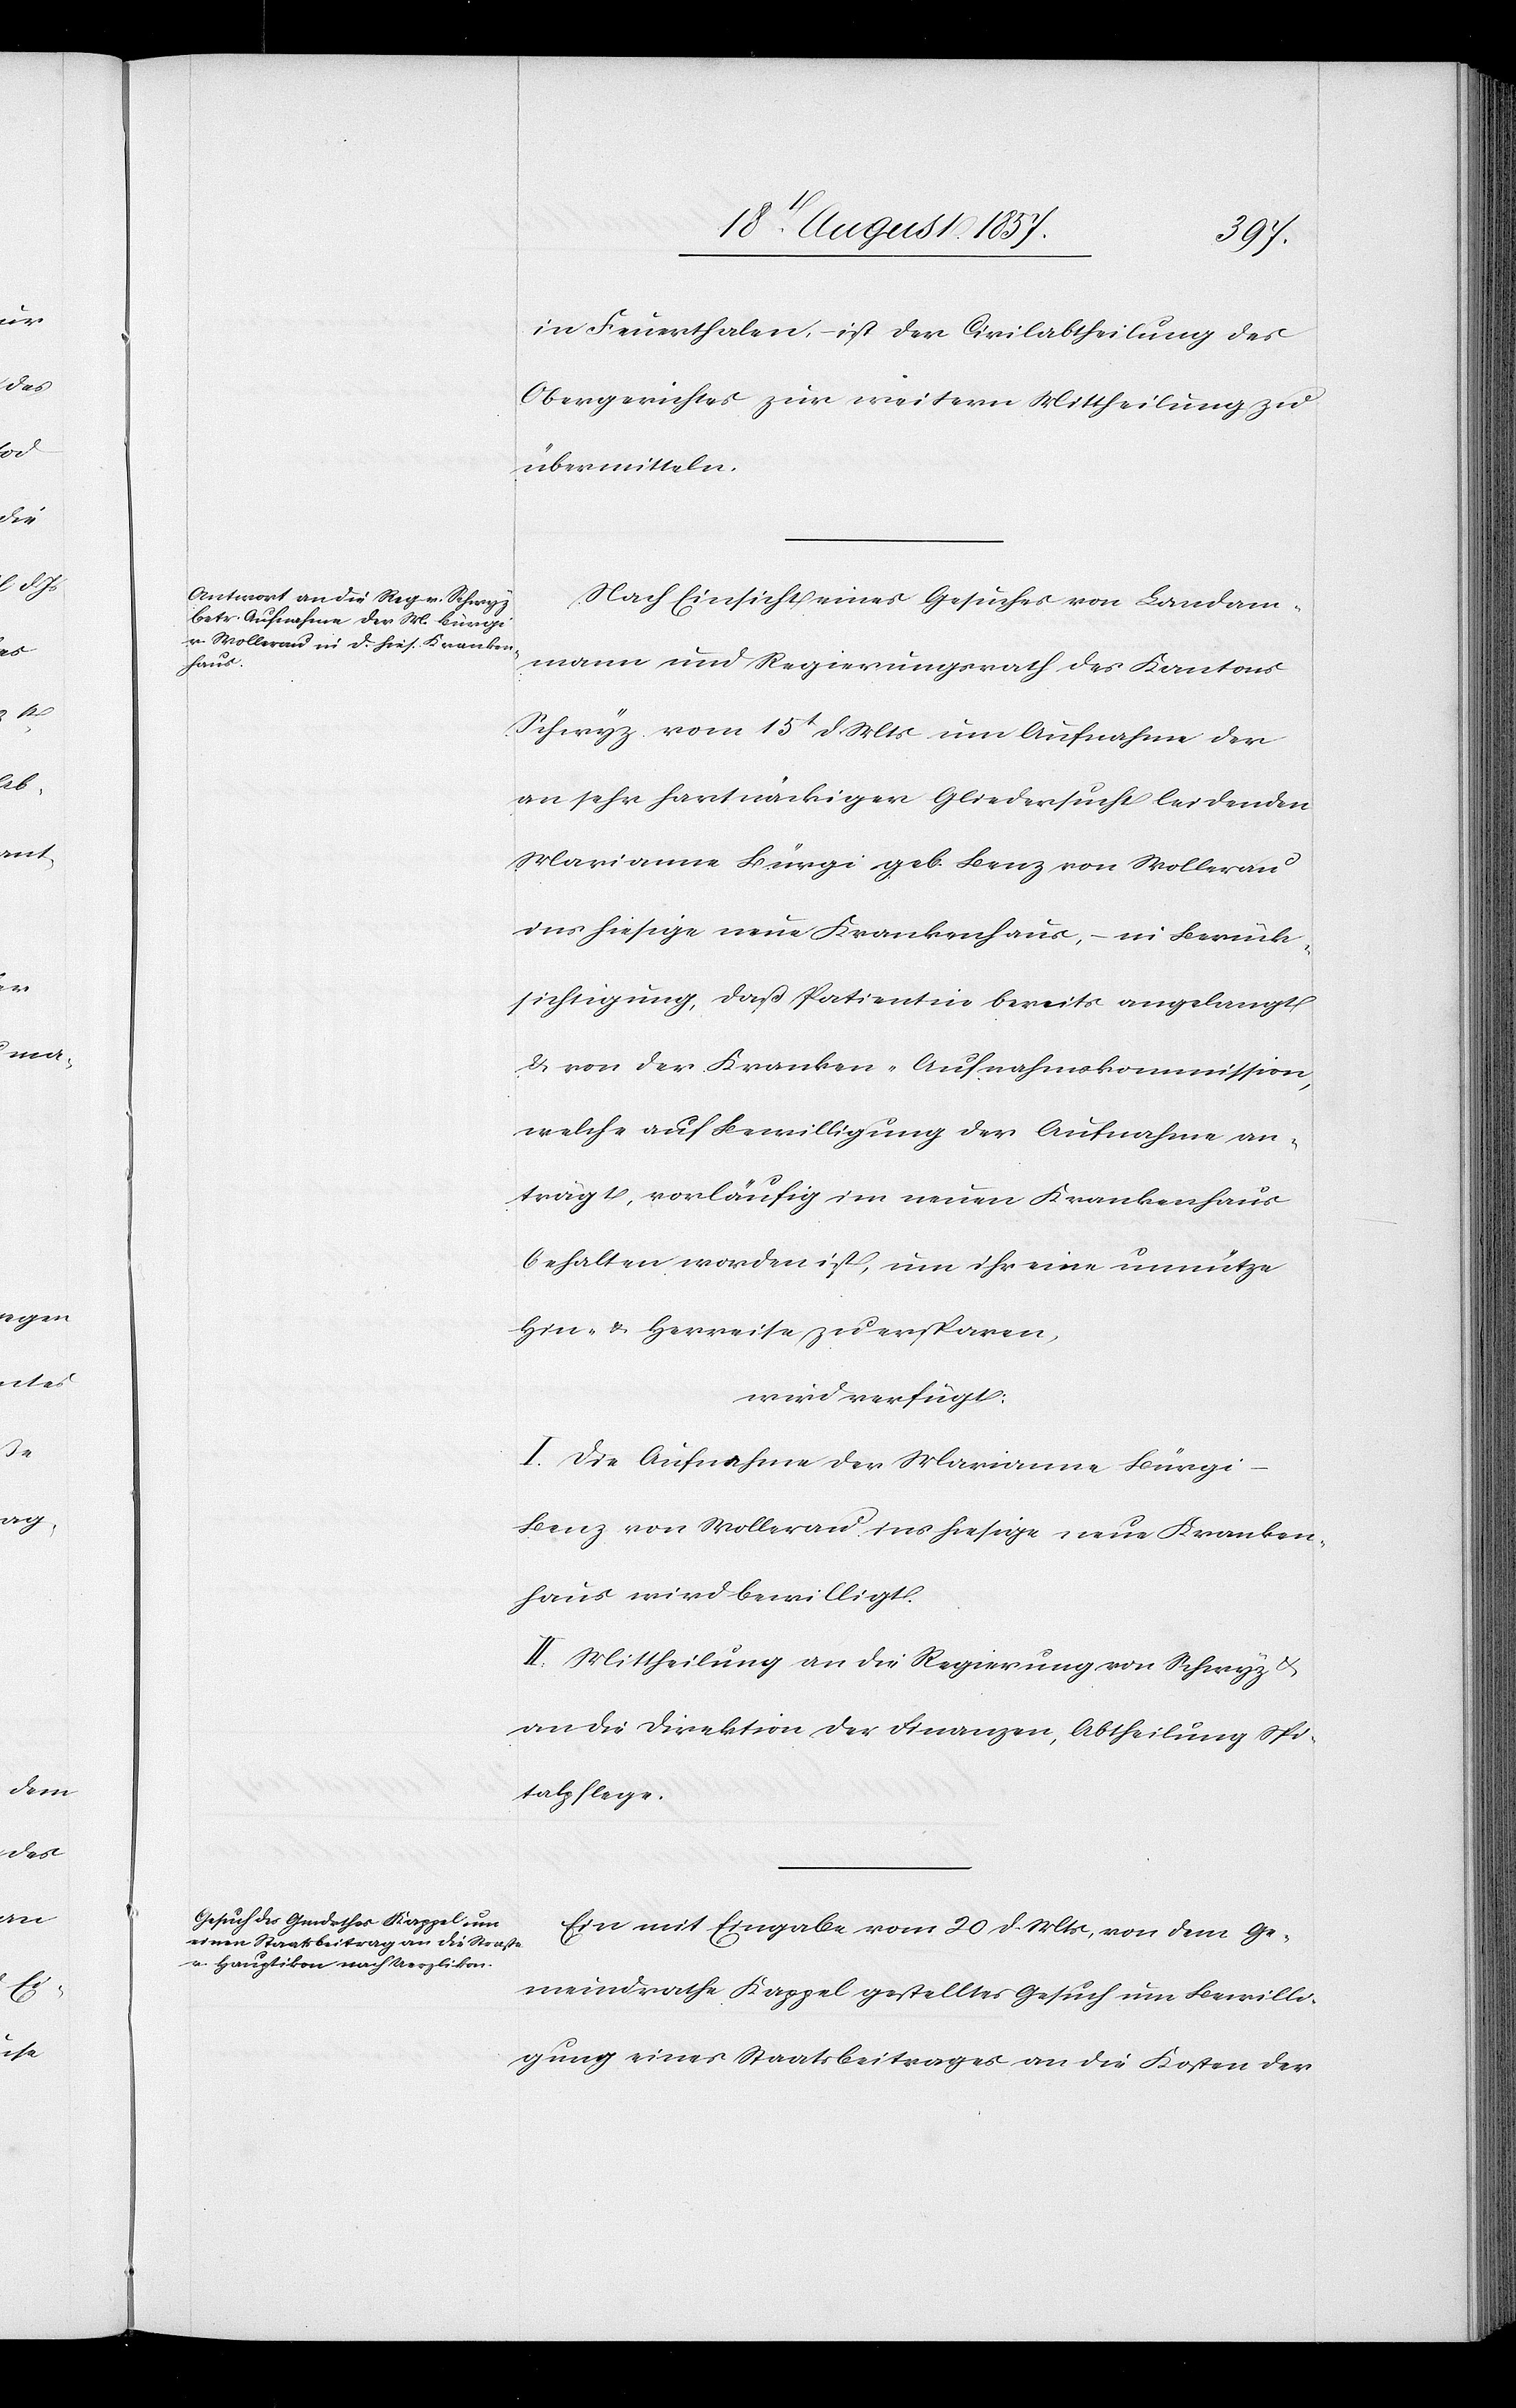
24t August 1857.]
in Feuerthalen ist der Civilabtheilung des
Obergerichtes zur weitern Mittheilung zu
übermitteln.
Nach Einsicht eines Gesuches von Landam¬
mann und Regierungsrath des Kantons
Schwyz vom 15t d. Mts. um Aufnahme der
an sehr hartnäckiger Gliedersucht leidenden
Marianne Bürgi bet. Benz von Wollerau
ins hiesige neue Krankenhaus, – in Berück¬
sichtigung, daß Patientin bereits angelangt
& von der Kranken-Aufnahmskommission,
welche auf Bewilligung der Aufnahme an¬
trägt, vorläufig im neuen Krankenhaus
behalten worden ist, um ihr eine unnütze
Hin- & Herreise zu ersparen,
wird verfügt:
I. Die Aufnahme der Marianne Bürg¬
i-Benz von Wollerau ins hiesige neue Kranken¬
haus wird bewilligt.
II. Mittheilung an die Regierung von Schwyz &
an die Direktion der Finanzen, Abtheilung Spi¬
talpflege.
Ein mit Eingabe vom 20 d. Mts., von dem Ge¬
meindrathe Kappel gestelltes Gesuch um Bewilli¬
gung eines Staatsbeitrages an die Kosten der